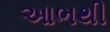
આભથી